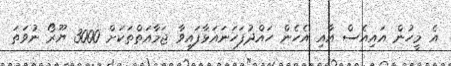
އެ މީހުން އައިއެސް އާއި އެހެން ހައްދުފަހަނައަޅާފައިވާ ޖަމާއަތްތަކަށް 3000 ޔޫރޯ ނުވަތަ